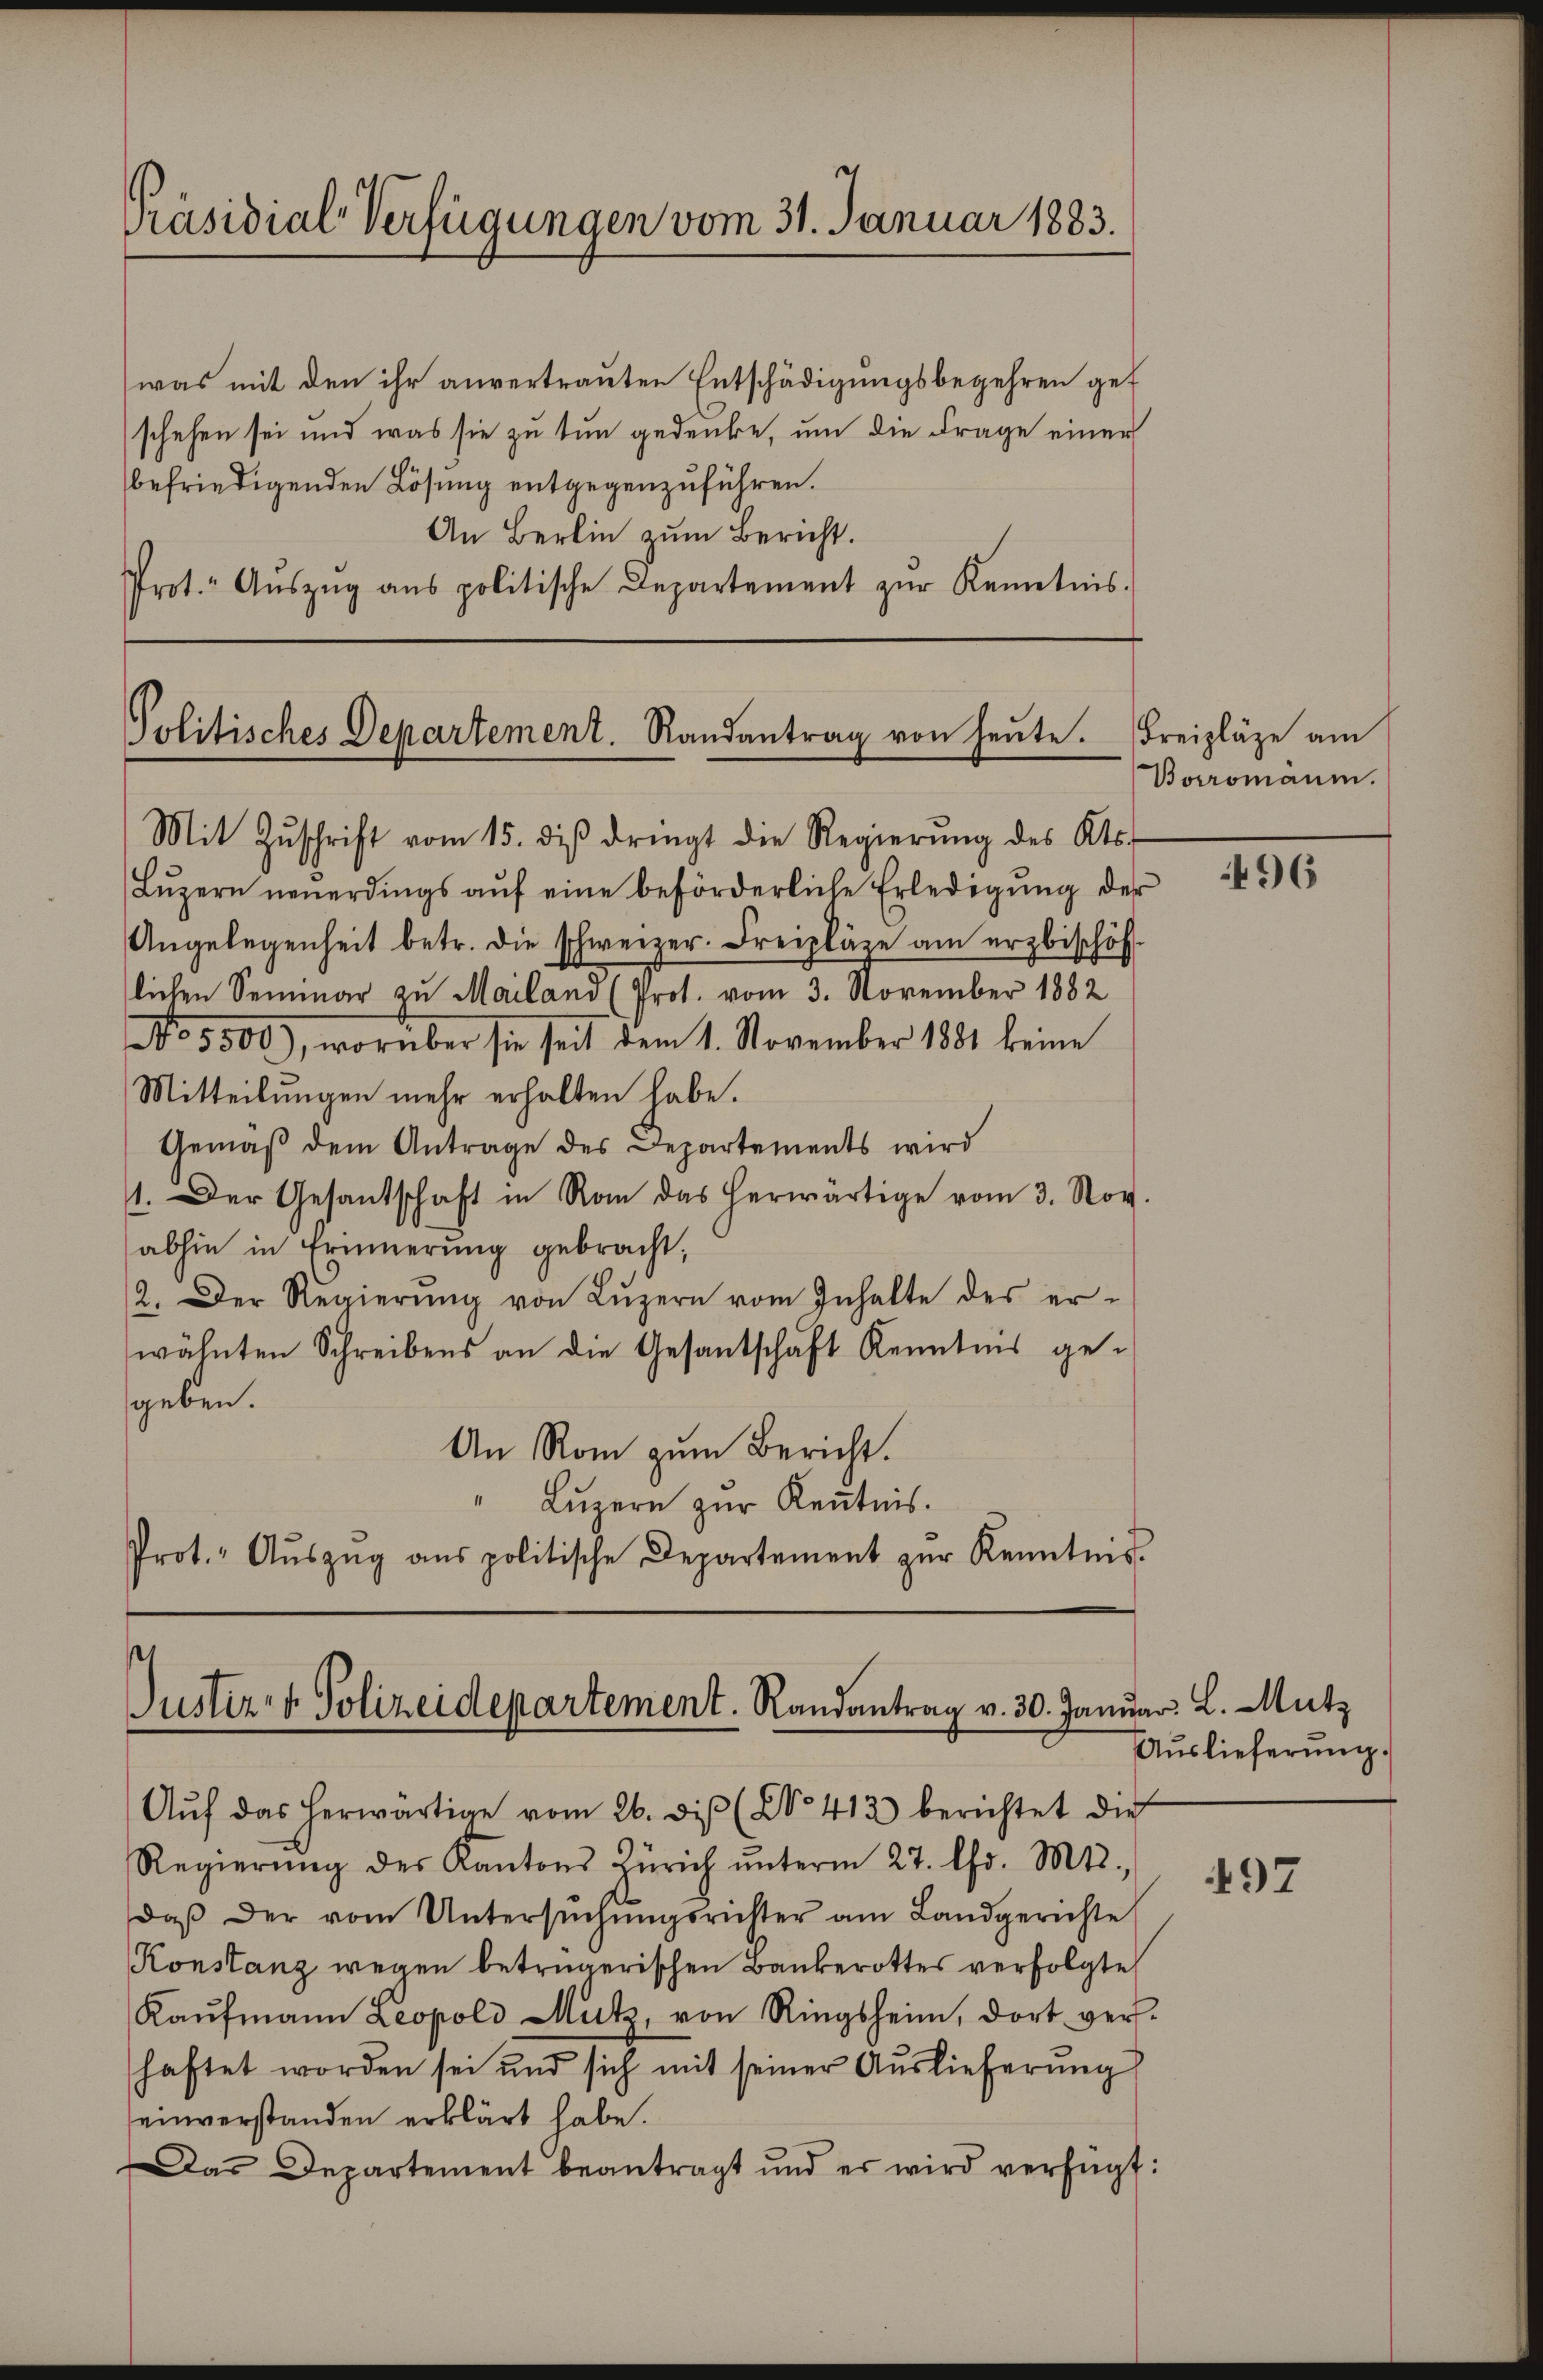
Präsidial-Verfügungen vom 31. Januar 1883.

was mit den ihr anvertrauten Entschädigungsbegehren gef
schehen sei und was sie zu tun gedenke, um die Frage einer
befriedigenden Lösung entgegenzuführen.
An Berlin zŭm Bericht.
Prot. Aŭszŭg ans politische Departement zŭr Kenntnis.

Politisches Departement. Randantrag von heŭte. Freizläge am

Mit Zŭschrift vom 15. des dringt die Regierŭng des Kts.
Lŭzern neŭerdings aŭf eine beförderliche Erledigŭng der
Angelegenheit betr. die schweizer. Freipläge am erzbischöf-
lichen Seminar zu Mailand (Prot. vom 3. November 1882
No 5500), worüber sie seit dem 1. November 1881 keine
Mitteilungen mehr erhalten habe.
Gemäß dem Antrage des Departements wird
1. Der Gesantschaft in Rom das herwärtige vom 3. Nov.
abhin in Erinnerung gebracht;
2. Der Regierŭng von Lŭzern vom Inhalte des er-
wähnten Schreibens an die Gesantschaft Kenntnis ge-
sgeben.
An Rom zum Bericht.
Lŭzern zur Kenntnis.
Prot. Aŭszŭg ans politische Departement zŭr Kenntnis.

sch
Justirer Polizeidepartement. Randantrag v. 30. Janu
Aŭf das herwärtige vom 26. di (No. 413 berichtet die

Borromann.

Regierŭng des Kantons Zürich ŭnterm 27. Chr. Mts.,
daβ der vom Untersŭchŭngsrichter am Landgerichte
Konstanz wegen betrügerischen Bankerottes verfolgte
Kaŭfmann Leopold Mutz, von Ringsheim, dort ver-
haftet worden sei und sich mit seiner Auslieferung
einverstanden erklärt habe.
Das Departement beantragt und er wird verfügt:

dar. L. Mutz
Auslieferŭng.

496

497